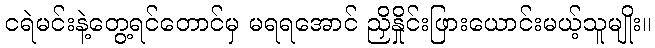
ငရဲမင်းနဲ့တွေ့ရင်တောင်မှ မရရအောင် ညှိနှိုင်းဖြားယောင်းမယ့်သူမျိုး။